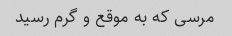
مرسى که به موقع و گرم رسید